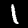
Label: 1